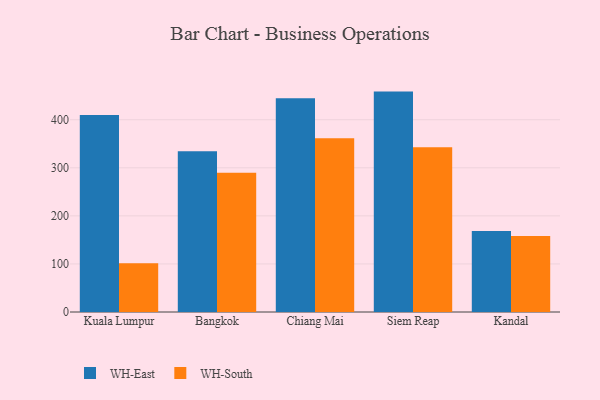
{"axis": {"x": "City", "y": "Bounce Rate (%)"}, "legend": ["WH-East", "WH-South"], "data": [{"x": "Kuala Lumpur", "y": 410.0, "type": "WH-East"}, {"x": "Kuala Lumpur", "y": 101.5, "type": "WH-South"}, {"x": "Bangkok", "y": 334.6, "type": "WH-East"}, {"x": "Bangkok", "y": 289.7, "type": "WH-South"}, {"x": "Chiang Mai", "y": 444.6, "type": "WH-East"}, {"x": "Chiang Mai", "y": 361.3, "type": "WH-South"}, {"x": "Siem Reap", "y": 458.6, "type": "WH-East"}, {"x": "Siem Reap", "y": 343.0, "type": "WH-South"}, {"x": "Kandal", "y": 168.6, "type": "WH-East"}, {"x": "Kandal", "y": 158.1, "type": "WH-South"}]}